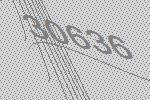
30636